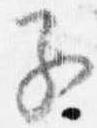
子